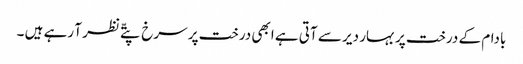
بادام کے درخت پر بہار دیر سے آتی ہے ابھی درخت پر سرخ پتّے نظر آ رہے ہیں ۔